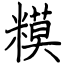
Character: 糢